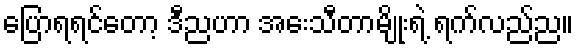
ပြောရရင်တော့ ဒီညဟာ အေးသီတာမျိုးရဲ့ ရက်လည်ည။